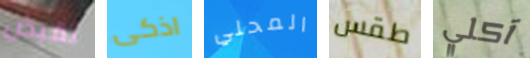
تقبض اذكى المحلي طقس آكلي